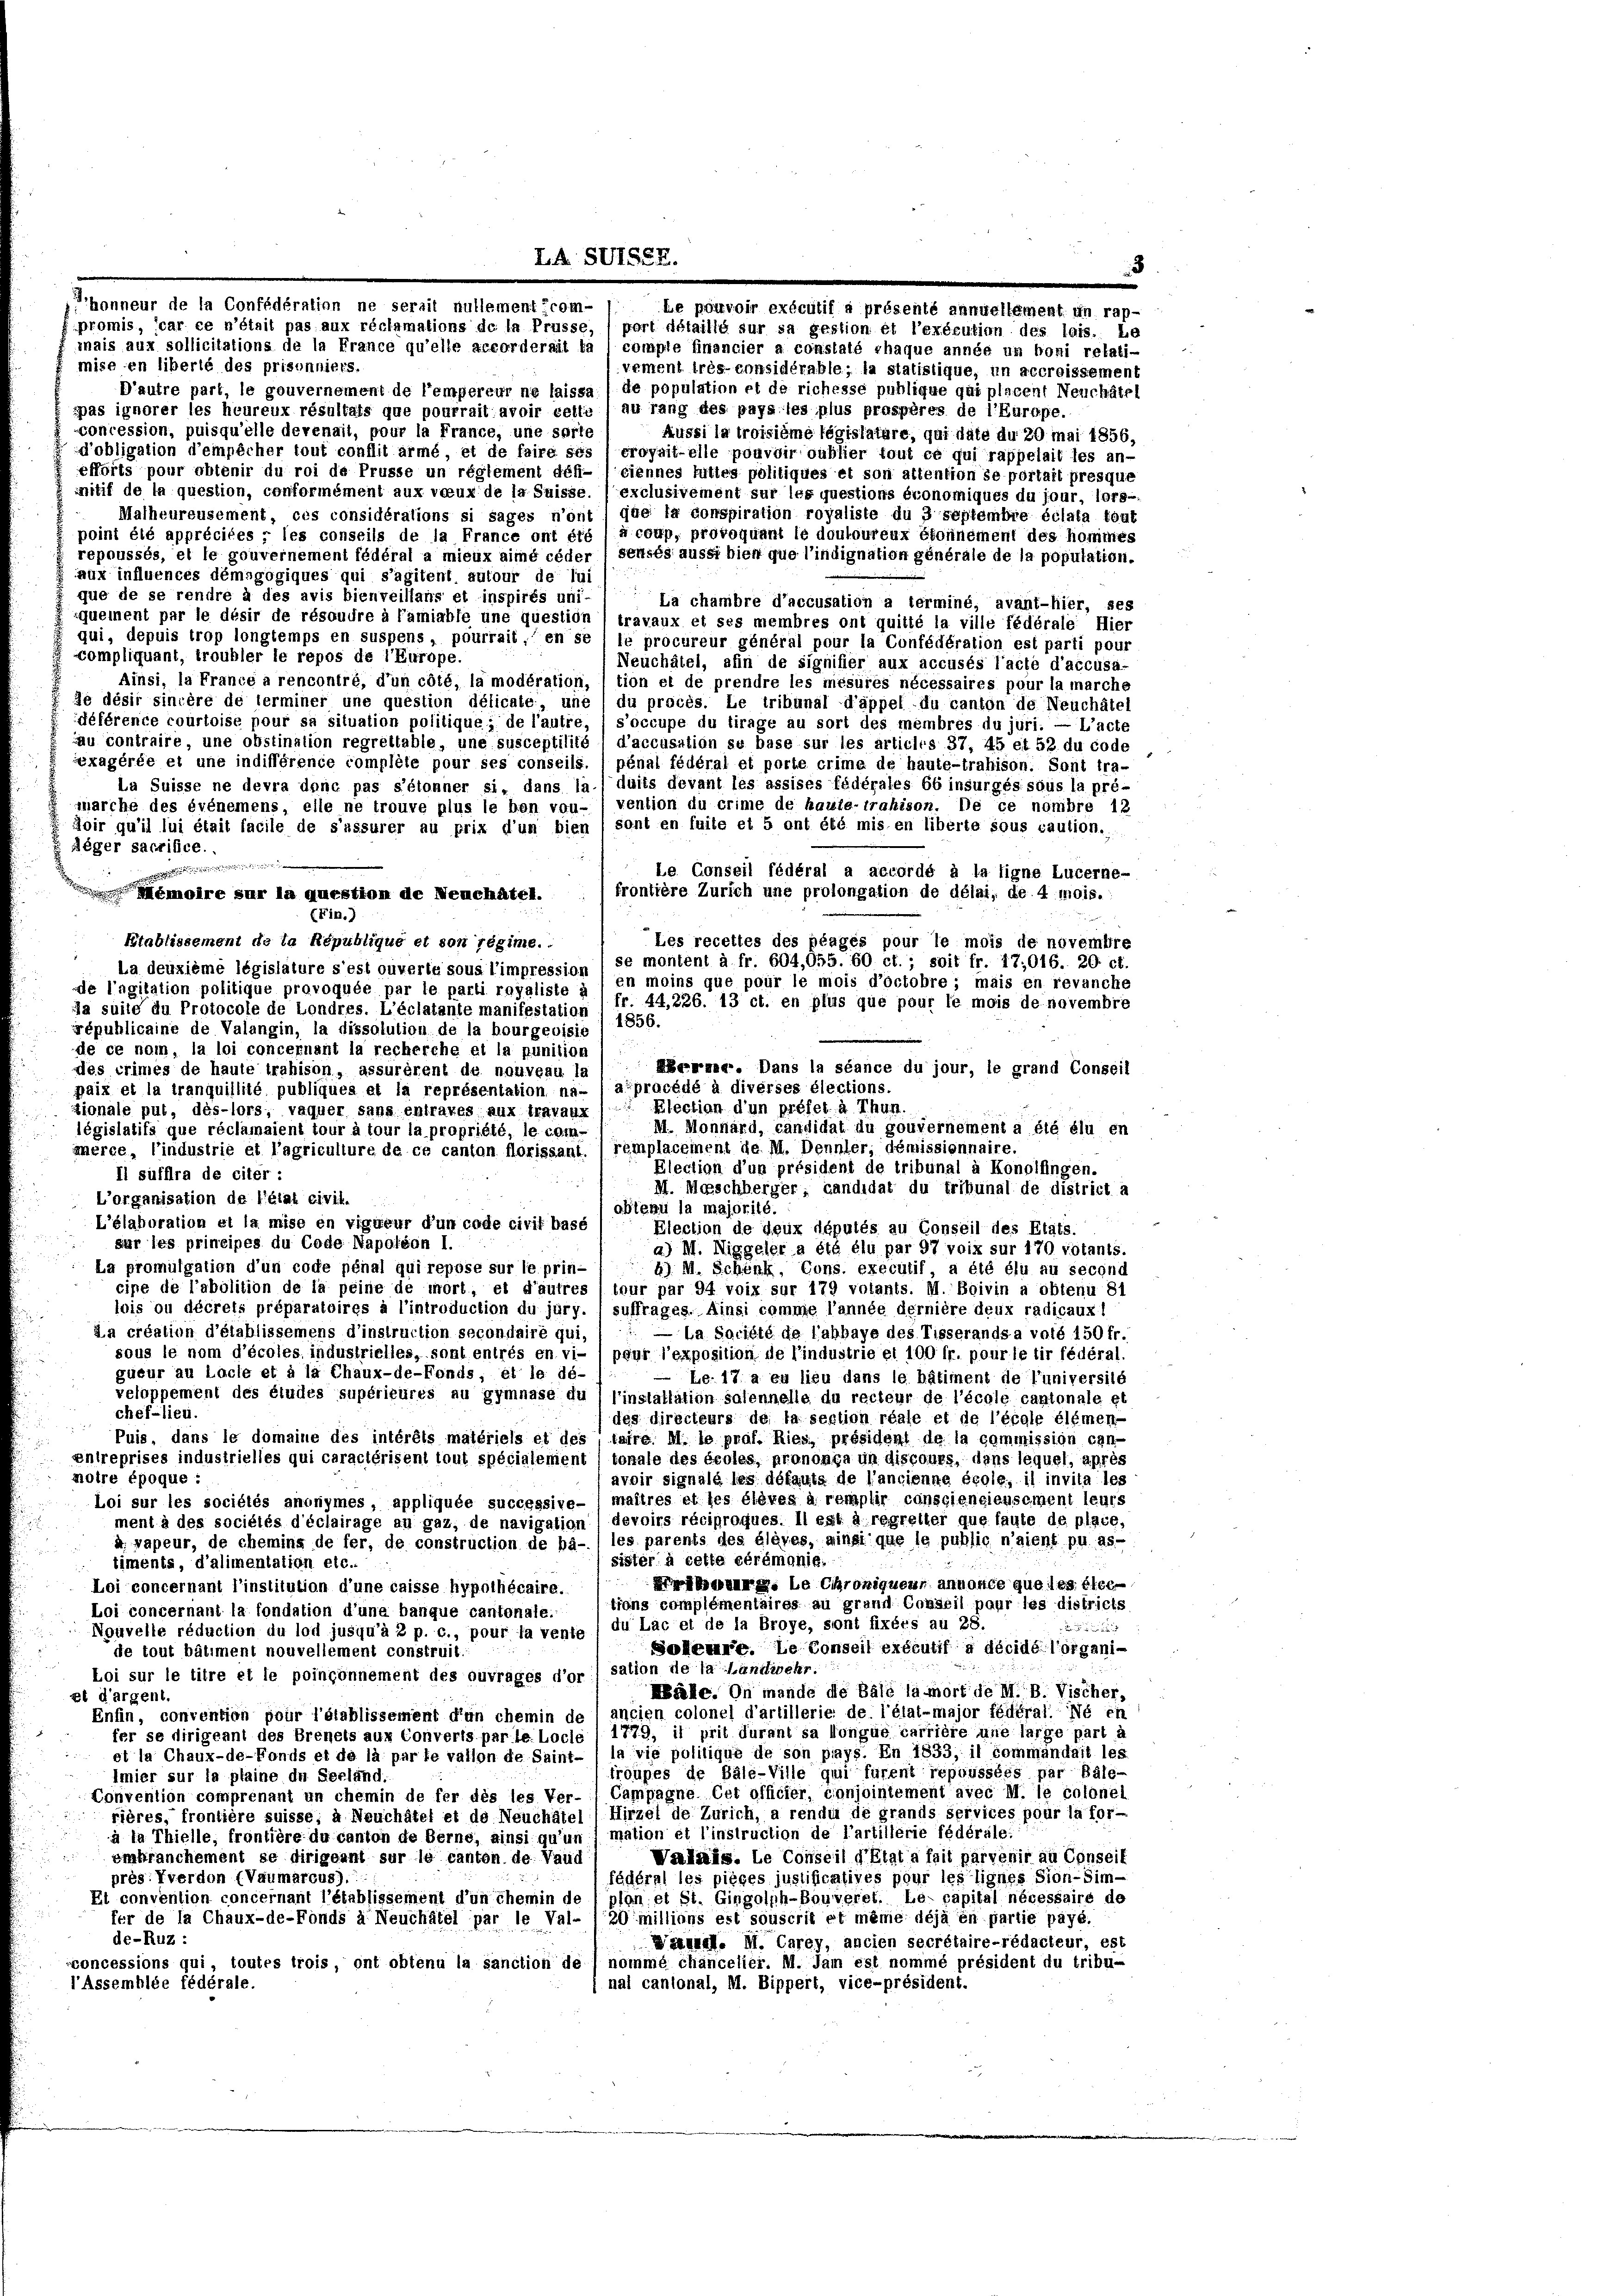
mais aux sollicitations de la France qu’elle accordernit ta compte financier a constals rhaque année un boni relati-
mise en liberté des prisonniers.
vement très-considérable; la statistique, in accroissement
D’autre part, le gouvernement de l’empereur ne laissa / de population et de richesse publique qui placent Neuchâtel
spas ignorer les heureux résultats que pourrait avoir celle (au rang des pays les plus prospères de l’Europe.
concession, puisqu’elle devenait, pour la France, une sorte
Aussi la troisième législatare, qui date du 20 mai 1856,
d’obligation d’empêcher tout conflit armé, et de faire ses 1 eroyait-elle pouvoiroublier tout ce qui rappelait les an-
efforts pour obtenir du roi de Prüsse un réglement déh- (ciennes futtes politiques et son attention se portait presque
mitif de la question, conformément aux voeux de la Suisse. (exclusivement sur les questions éronomiques du jour, lors-
Malheureusement, ces considérations si sages n’ont que la conspiration royaliste du 3 septembre éclata tout
point été appréciées ; les conseils de la France ont été à coup, provoquant le douloureux éfonnement des hommes
repoussés, et le gouvernement fédéral a mieux aime céder (senses aussi bien que l’indignation générale de la population.
aux influences démagogiques qui s’agitent autour de lui
que de se rendre à des avis bienveillans et inspirés uni-
La chambre d’accusation a terminé, avant-hier, ses
quement par le desir de résaudre à famiahfe une question ( travaux et ses membres ont quitté la ville fédérale Hier
qui, depuis trop longtemps en suspens, pourrait, en se ) le procureur général pour la Confédération est parti pour
compliquant, troubler le repos de l’Europe.
Neuchâtel, afin de signifier aux accusés l’acte d’accusa-
Ainsi, la France a rencontré, d’un côté, la modération, tion ei de prendre les mesures nécessaires pour la marche
de désir sincère de lerminer une question désicate, une du procès. Le tribunal d’appel du canton de Neuchâtel
déférence courtoise pour sa situation politique; de l’autre, / s’occupe du tirage au sort des membres du juri. — L’acte
au contraire, une obstination regreltable, une susceptilité l d’accusation se base sur les articles 37, 46 et 52 du code
éxagérée et une indifférence compléte pour ses conseils. / pénal fédéral et porte crime de haute-trahison. Sont tra-
La Suisse ne devra donc pas s’étonner si, dans la/duits devant les assises fédérales 66 insurges sous la pré-
marche des événemens, elle ne trouve plus le ben von- ( vention du crime de heute-trahison. De ce nombre 12
doir qu’il lui était facile de s’assurer au prix d’un bien (sont en faite et 5 ont été mis en liberte sous caution.
Aeger sacrifice.
i
Le Conseil fédéral a accordé à la ligne Lucerne-
frontière Zürich une prolongation de délai, de 4 mois.
Memoire sur la question de Neuchâtel.
(Fin.)
Etablissement de la République et son régime.
Les recettes des plages pour le mois de novembre
d
La deuxième législature s’est ouverle sous l’impression ( se montent à fr. 604,055. 60 ct.; soit fr. 17,016. 20 ct.
de l’agitation politique provoquée par le parti royaliste à / en moins que pour le mois d’octobre; mais en revanche
fr. 44,226. 13 ct. en plus que pour le mois de novembre
Ja suite du Protocole de Londres. L’éclatante manifestation) 1856.
épublicaine de Valangin, la dissolution de la bourgeoisie
de ce nom, la loi concernant la recherche et la punition
des crimes de haute trahison, assurérent de nouveau le
paix et la tranquillité publiques et la représentation na- /afprocédé à diverses élections.
tionale put, dès-lors, vaquer sans entrares aux travaux / Election d’un préfet à Thun.
législatifa que réclamaient tour à tour la propriété, le com-
merce, l’industrie et l’agriculture de ce canton florissant. (remplacement de Ill. Dennler; démissionnaire.
Election d’un président de tribunal à Konolfingen.
Il suffira de citer:
M. Mosschberger, candidat du tribunal de district a
L’organisation de l’état civil.
obtenu la majorité.
L’élaboration et la mise en vigueur d’un code civif basé
Election de deux députés au Conseil des Etats.
sur les principes du Code Napoléon I.
a) M. Niggeler a été élu par 97 voix sur 170 votants.
La promulgation d’un code pénal qui repose sur le prin-
6) M. Schenk, Cons. executif, a été élu au second
cipe de l’abolition de la peine de mort, et d’autres / teur par 94 voix sur 179 votants. M. Boivin a obtenu 81
lois ou décrets préparatoires à l’introduction du jury. 1 suffrages. Ainsi comme l’année dernière deux radicauxi
La création d’établissemens d’instruction secondaire qui,
— La Société de lahhaye des Tisserandsa vold 150 fr.
sous le nom d’écoles industrielles, sont entrés en vi- / pour l’exposition de l’industrie et 100 fr. pour le tir fédéral.
gueur au Loche et à la Chaux-de-Fonds, et le dé-
Le. 17 a eu lieu dans le bâtiment de l’universile
veloppement des études supérieures au gymnase du l’installation solennelle du recteur de l’école cantonale et
chef-lien.
des directeurs de la section réale et de l’école élemen-
Puis, dans le domaine des intérêts matériels et des (taire. M. le prof. Ries, président de la commission can-
zentreprises industrielles qui caractérisent tout spécialement tonale des écoles, prononça un discours, dans lequel, après
motre époque :
avoir signale les défauta de l’ancienne école, il invita les
Loi sur les sociétés anonymes, appliquée successive- / maîtres et les élèves à remplir consciencieusement leurs
ment à des sociélés d’éclairage au gaz, de navigation) devoirs réciproques. Il est a. regreller que laute de place,
à vapeur, de chemins de fer, de construction de ba- ( les parents des élèves, ainsi que le public n’aient pu as-
sister à cette cérémonie.
timents, d’alimentation etc.
hang. Le Chroniqueur annonce que les élec¬
Loi concernant l’institution d’une caisse hypothécaire.
tions complémentaires au grand Conseil paur les districts
Loi concernant la fondation d’une banque cantonale.

Nouvelle réduction du lod jusqu’à 2 p. c., pour la vente / Au Lac et de la Broye, sont fixérs au 28.
Soheure. Le Conseil exécutif à décidé l’organide tout bâtiment nouvellement construit.
sation de la Landwehr.
Loi sur le titre et le poingönnement des ouvrages d’or
Mäle. In mande die Bäle la mort de M. B. Vischer,
et d’argent.
Enfin, convention pour l’établissement d’un chemin de / ancien colonel d’artillerie de l’élat-major fédéral. Né en
fer se dirigennt des Brenets aux Converls parle Locle 1 1779, il prit durant sa longue carrière une large part à
et la Chaux-de-Fonds et de la parte vallon de Saint- (la vie politique de son pays. En 1833, il commandait les
troupes de Bäle-Ville qui furent répoussées par Bale-
Imier sur la plaine du Serländ.
Convention comprenant un chemin de fer des les Ver- / Campagne Cet officier, conjointement avec M. le colonel
rières, frontière suisse; à Neuchâtel et de Neuchâtel (Hirzel de Zürich, a rendu de grands services pour la for-
à la Thielle, frontière du canton de Berne, ainsi qu’un mation et l’instruction de l’artillerie fédérale:
Valais. Le Conseil d’Etat a fait parvenir au Conseit
omkranchement se dirigeant sur le canton de Vaud
fédéral les pièces justificatives pour les lignes Sion-Sim-
près. verdon (Vaumarcus)
Et convention concernant l’établissement d’un chemin de ' plon et St. Gingolph-Bouveret. Le capital nécessaire de
fer de la Chaux-de-Fonds à Neuchâtel par le Val- /20 millions est souscrit et même déjà en partie payé.
de-Ruz :
Walenal. M. Carey, ancien secrétaire-rédacteur, est
concessions qui, toutes trois, ont obtenu la sanction de / nommé chancelier. M. Jam est nommé président du tribu-
l’Assemblée fédérale.
) nal cantonal, M. Bippert, vice-président.

honneur de la Confédération ne serait nullement com-
promis, (car ce n’était pas aux réclamations de in Prüsse, port détaillo sur sa gestion et l’exécution des lois. Le

LA SU7557

Le pouvoir exécutif à présenté annuellement im rap-

Heren«. Dans la séance du jour, le grand Conseil
M. Monnard, candidat du gouvernement a été élu en